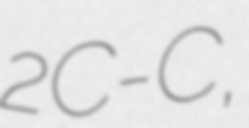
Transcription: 2C-C,